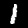
Label: 1